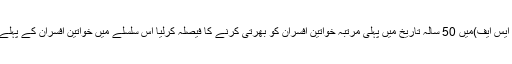
2015ء)بھارتی حکومت نے سرحدی سیکورٹی فورس(بی ایس ایف)میں 50 سالہ تاریخ میں پہلی مرتبہ خواتین افسران کو بھرتی کرنے کا فیصلہ کرلیا اس سلسلے میں خواتین افسران کے پہلے بیچ کی ٹریننگ آیندہ سال فروری میں شروع ہو جائے گی۔